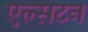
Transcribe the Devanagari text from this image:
एल्सटन